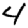
Digit: 4